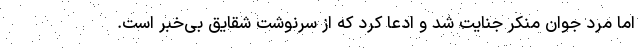
اما مرد جوان منکر جنایت شد و ادعا کرد که از سرنوشت شقایق بی‌خبر است.